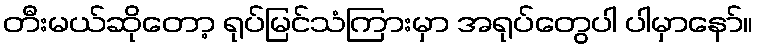
တီးမယ်ဆိုတော့ ရုပ်မြင်သံကြားမှာ အရုပ်တွေပါ ပါမှာနော်။